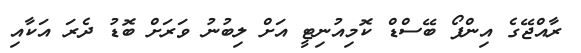
ރާއްޖޭގެ އިންފޯ ބޭސްޑް ކޮމިއުނިޓީ އަށް ލިބުނު ވަރަށް ބޮޑު ދެރަ އަކާއި